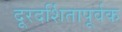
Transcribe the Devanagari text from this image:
दूरदर्शितापूर्वक